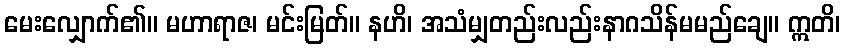
မေးလျှောက်၏။ မဟာရာဇ၊ မင်းမြတ်။ နဟိ၊ အသံမျှတည်းလည်းနာဂသိန်မမည်ချေ။ ဣတိ၊